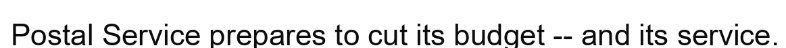
Postal Service prepares to cut its budget -- and its service.